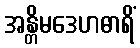
အန္တိမဒေဟဓာရိံ